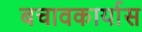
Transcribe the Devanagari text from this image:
बचावकार्यास